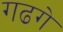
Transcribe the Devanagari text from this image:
गढगे